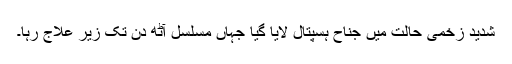
شدید زخمی حالت میں جناح ہسپتال لایا گیا جہاں مسلسل آٹھ دن تک زیر علاج رہا۔